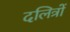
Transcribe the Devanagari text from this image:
दलित्रों